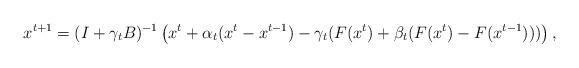
LaTeX: \begin{align*}x^{t+1}=(I+\gamma_tB)^{-1}\left(x^t+\alpha_t(x^t-x^{t-1})-\gamma_t(F(x^t)+\beta_t(F(x^t)-F(x^{t-1})))\right),\end{align*}